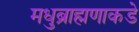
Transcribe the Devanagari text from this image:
मधुब्राह्मणाकडे